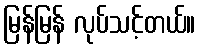
မြန်မြန် လုပ်သင့်တယ်။